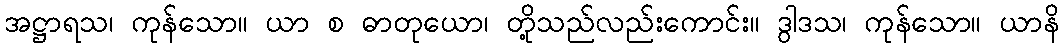
အဋ္ဌာရသ၊ ကုန်သော။ ယာ စ ဓာတုယော၊ တို့သည်လည်းကောင်း။ ဒွါဒသ၊ ကုန်သော။ ယာနိ